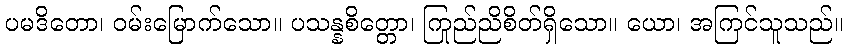
ပမဒိတော၊ ဝမ်းမြောက်သော။ ပသန္နစိတ္တော၊ ကြည်ညိုစိတ်ရှိသော။ ယော၊ အကြင်သူသည်။